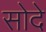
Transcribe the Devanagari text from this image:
सोदे